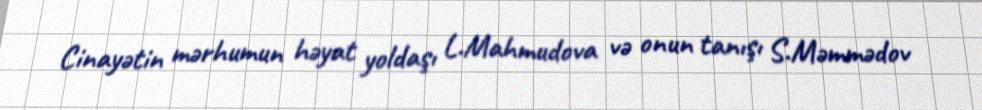
Cinayətin mərhumun həyat yoldaşı L.Mahmudova və onun tanışı S.Məmmədov